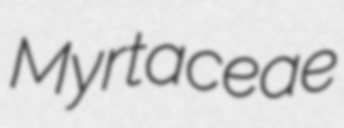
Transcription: Myrtaceae